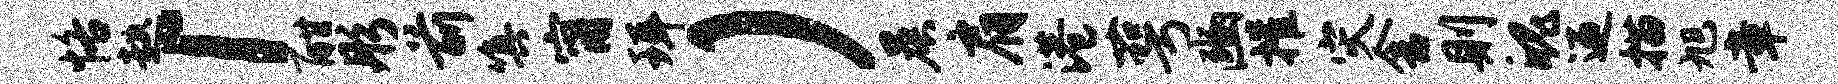
恪趑「酣彤前嗔甯珥）晨肩港萼豳摧灾舍则魄迎描旭章